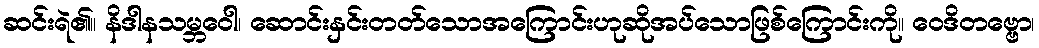
ဆင်းရဲ၏။ နိဒါနသမ္ဘဝေါ၊ ဆောင်းနှင်းတတ်သောအကြောင်းဟုဆိုအပ်သောဖြစ်ကြောင်းကို။ ဝေဒိတဗ္ဗော၊